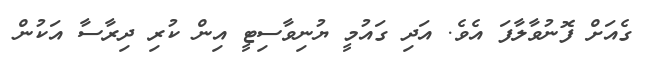
ގެއަށް ފޮނުވާލާފަ އެވެ. އަދި ގައުމީ ޔުނިވާސިޓީ އިން ކުރި ދިރާސާ އަކުން